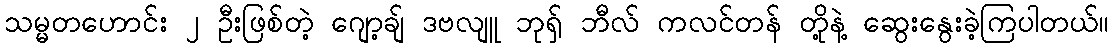
သမ္မတဟောင်း ၂ ဦးဖြစ်တဲ့ ဂျော့ချ် ဒဗလျူ ဘုရှ် ဘီလ် ကလင်တန် တို့နဲ့ ဆွေးနွေးခဲ့ကြပါတယ်။